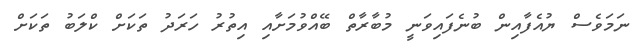
ނަމަވެސް ޔުއެފާއިން ބުނެފައިވަނީ މުބާރާތް ބޭއްވުމަށާއި އިތުރު ހަރަދު ތަކަށް ކްލަބު ތަކަށް